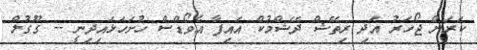
ކަރަން ޖޯހަރު އަދި ރިތޭޝް ދޭޝްމުކް އައިފާ އެވޯޑްސް ހުށަހަޅައިދިނީ -- ގޫގުލް